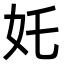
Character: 奼